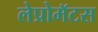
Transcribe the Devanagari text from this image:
लेप्रोमॅटस